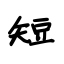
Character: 短